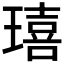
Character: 𤩠